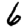
Digit: 6